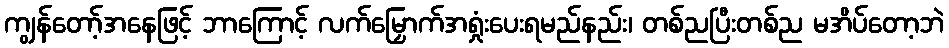
ကျွန်တော့်အနေဖြင့် ဘာကြောင့် လက်မြှောက်အရှုံးပေးရမည်နည်း၊ တစ်ညပြီးတစ်ည မအိပ်တော့ဘဲ